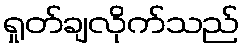
ရှုတ်ချလိုက်သည်